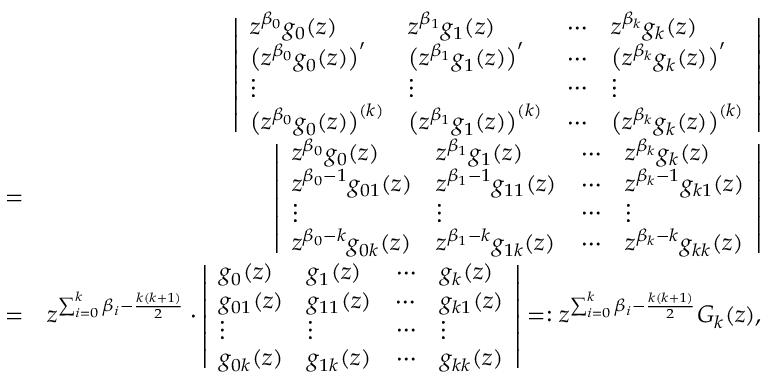
\begin{array} { r l r } & { } & { \left| \begin{array} { l l l l } { z ^ { \beta _ { 0 } } g _ { 0 } ( z ) } & { z ^ { \beta _ { 1 } } g _ { 1 } ( z ) } & { \cdots } & { z ^ { \beta _ { k } } g _ { k } ( z ) } \\ { \big ( z ^ { \beta _ { 0 } } g _ { 0 } ( z ) \big ) ^ { \prime } } & { \big ( z ^ { \beta _ { 1 } } g _ { 1 } ( z ) \big ) ^ { \prime } } & { \cdots } & { \big ( z ^ { \beta _ { k } } g _ { k } ( z ) \big ) ^ { \prime } } \\ { \vdots } & { \vdots } & { \cdots } & { \vdots } \\ { \big ( z ^ { \beta _ { 0 } } g _ { 0 } ( z ) \big ) ^ { ( k ) } } & { \big ( z ^ { \beta _ { 1 } } g _ { 1 } ( z ) \big ) ^ { ( k ) } } & { \cdots } & { \big ( z ^ { \beta _ { k } } g _ { k } ( z ) \big ) ^ { ( k ) } } \end{array} \right| } \\ & { = } & { \left| \begin{array} { l l l l } { z ^ { \beta _ { 0 } } g _ { 0 } ( z ) } & { z ^ { \beta _ { 1 } } g _ { 1 } ( z ) } & { \cdots } & { z ^ { \beta _ { k } } g _ { k } ( z ) } \\ { z ^ { \beta _ { 0 } - 1 } g _ { 0 1 } ( z ) } & { z ^ { \beta _ { 1 } - 1 } g _ { 1 1 } ( z ) } & { \cdots } & { z ^ { \beta _ { k } - 1 } g _ { k 1 } ( z ) } \\ { \vdots } & { \vdots } & { \cdots } & { \vdots } \\ { z ^ { \beta _ { 0 } - k } g _ { 0 k } ( z ) } & { z ^ { \beta _ { 1 } - k } g _ { 1 k } ( z ) } & { \cdots } & { z ^ { \beta _ { k } - k } g _ { k k } ( z ) } \end{array} \right| } \\ & { = } & { z ^ { \sum _ { i = 0 } ^ { k } \beta _ { i } - \frac { k ( k + 1 ) } { 2 } } \cdot \left| \begin{array} { l l l l } { g _ { 0 } ( z ) } & { g _ { 1 } ( z ) } & { \cdots } & { g _ { k } ( z ) } \\ { g _ { 0 1 } ( z ) } & { g _ { 1 1 } ( z ) } & { \cdots } & { g _ { k 1 } ( z ) } \\ { \vdots } & { \vdots } & { \cdots } & { \vdots } \\ { g _ { 0 k } ( z ) } & { g _ { 1 k } ( z ) } & { \cdots } & { g _ { k k } ( z ) } \end{array} \right| = : z ^ { \sum _ { i = 0 } ^ { k } \beta _ { i } - \frac { k ( k + 1 ) } { 2 } } G _ { k } ( z ) , } \end{array}